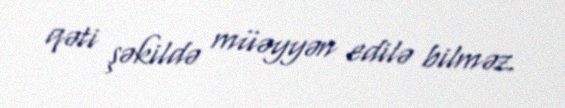
qəti şəkildə müəyyən edilə bilməz.